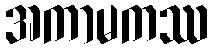
အကာမကဿ